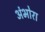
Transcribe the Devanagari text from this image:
अंभोरा